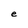
Character: e